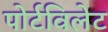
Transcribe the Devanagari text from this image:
पोर्टविलेट